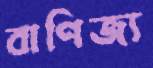
বাণিজ্য